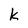
Character: k